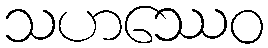
သဟဿေဝ